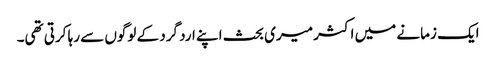
ایک زمانے میں اکثر میری بحث اپنے ارد گرد کے لوگوں سے رہا کرتی تھی۔